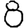
Digit: 8